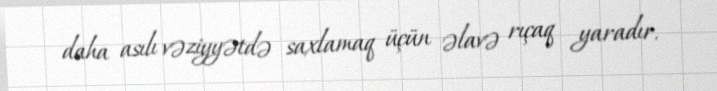
daha asılı vəziyyətdə saxlamaq üçün əlavə rıçaq yaradır.